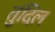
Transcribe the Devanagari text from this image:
तुंदिल